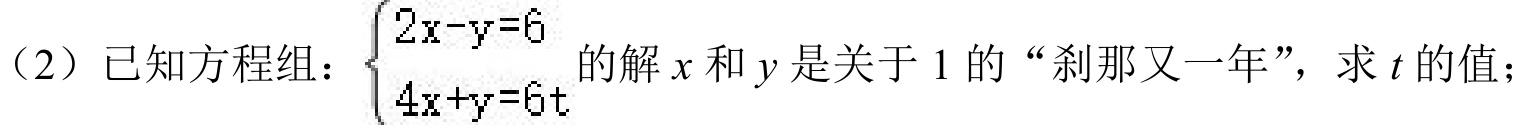
（2）已知方程组：$\begin{cases}2x - y = 6 \\ 4x + y = 6t\end{cases}$的解$x$和$y$是关于$1$的“刹那又一年”，求$t$的值；